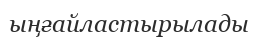
ыңғайластырылады